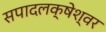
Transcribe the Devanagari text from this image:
सपादलक्षेश्वर